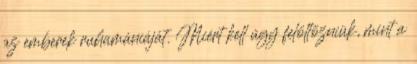
az emberek ruhamániáját. Miért kell úgy felöltözniük, mint a